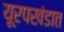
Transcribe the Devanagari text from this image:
यूरपखंडात